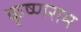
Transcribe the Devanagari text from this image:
कृष्णराम